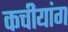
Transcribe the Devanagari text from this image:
कचीयांग